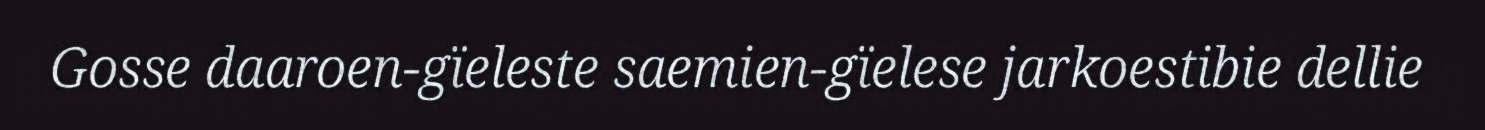
Gosse daaroen-gïeleste saemien-gïelese jarkoestibie dellie